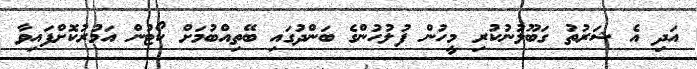
އަދި އެ ޝަރުތު ގަބޫލުނުކުރި މީހުން ފުލުހުންގެ ބަންދުގައި ބޭތިއްބުމަށް ކޯޓުން އަމުރުކޮށްފައިވާ